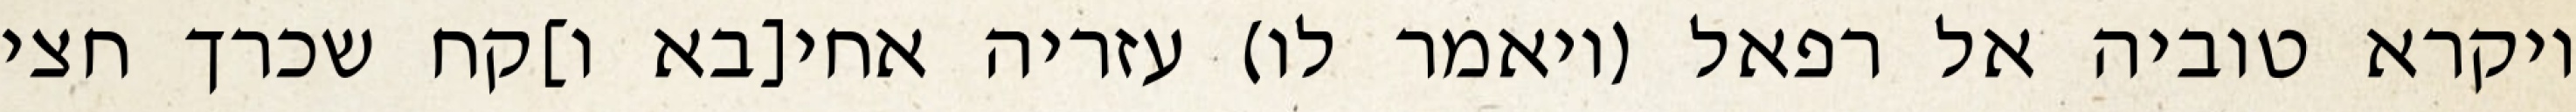
ויקרא טוביה אל רפאל (ויאמר לו) עזריה אחי[בא ו]קח שכרך חצי